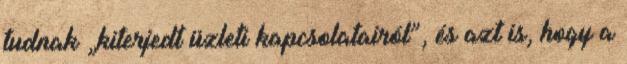
tudnak „kiterjedt üzleti kapcsolatairól”, és azt is, hogy a